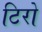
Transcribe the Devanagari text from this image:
टिरो